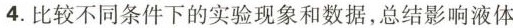
4.比较不同条件下的实验现象和数据，总结影响液体